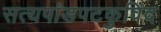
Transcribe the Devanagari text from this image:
सत्यपांडपटकुविंद